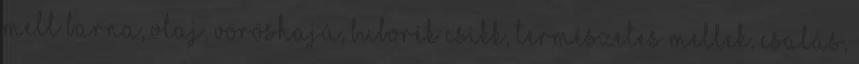
mell barna, olaj, vöröshajú, buborék csikk, természetes mellek, csalás,